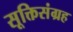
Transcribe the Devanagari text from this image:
सूक्तिसंग्रह